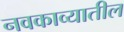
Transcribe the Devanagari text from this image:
नवकाव्यातील